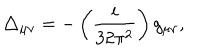
LaTeX: \triangle _ { \mu \nu } = - \left( \frac { i } { 3 2 \pi ^ { 2 } } \right) g _ { \mu \nu } ,